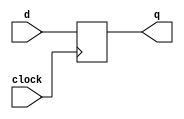
/*
# Team ID:          2396
# Theme:            AstroTinker Bot 
# Author List:      Anirudh Bhogi
# Filename:         d_ff
# File Description: Simple D flip flop without reset
# Global variables: None
*/
module d_ff(
	input clock, 
	input d,
	output reg q
);
/*
Purpose:
Makes the output as the input at every positive edge of the clock
*/

	always @(posedge clock)
	begin
		q <= d;
	end
endmodule